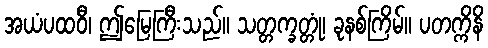
အယံပထဝီ၊ ဤမြေကြီးသည်။ သတ္တက္ခတ္တုံ၊ ခုနစ်ကြိမ်။ ပတက္ကိနိ